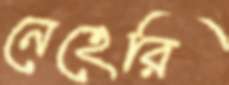
নেহেরি